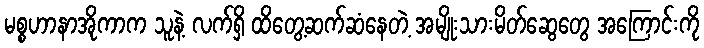
မစ္စဟာနာအိုကာက သူနဲ့ လက်ရှိ ထိတွေ့ဆက်ဆံနေတဲ့ အမျိုးသားမိတ်ဆွေတွေ အကြောင်းကို